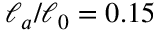
\ell _ { a } / \ell _ { 0 } = 0 . 1 5